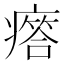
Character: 𤺥